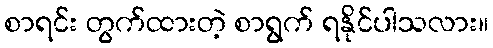
စာရင်း တွက်ထားတဲ့ စာရွက် ရနိုင်ပါသလား။